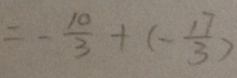
= - \frac { 1 0 } { 3 } + ( - \frac { 1 7 } { 3 } )